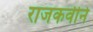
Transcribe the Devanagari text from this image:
राजकवीने